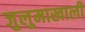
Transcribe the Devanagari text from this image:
जुलुमाखाली